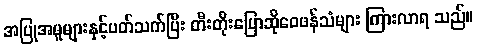
အပြုအမူများနှင့်ပတ်သက်ပြီး တီးတိုးပြောဆိုဝေဖန်သံများ ကြားလာရ သည်။